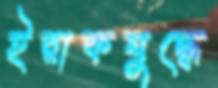
ইরাকযুদ্ধে